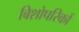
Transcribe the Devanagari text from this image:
बिशोपरिकों